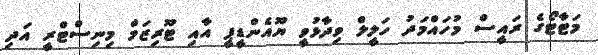
މަޓާޓޯގެ ރައީސް މުހައްމަދު ހަލީލް ވިދާޅުވީ ޔޫއެންޑީޕީ އާއި ޓޫރިޒަމް މިނިސްޓްރީ އަދި